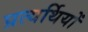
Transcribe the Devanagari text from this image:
प्रत्यर्थियों